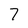
Character: 7